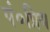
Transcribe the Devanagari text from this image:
पं०प्रिय